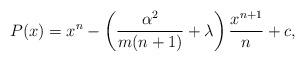
LaTeX: \begin{align*}P(x) = x^n - \left(\frac{\alpha^2}{m(n+1)} + \lambda \right)\frac{x^{n+1}}{n} + c,\end{align*}